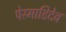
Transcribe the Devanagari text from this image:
पेरमाडिदेव